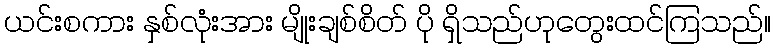
ယင်းစကား နှစ်လုံးအား မျိုးချစ်စိတ် ပို ရှိသည်ဟုတွေးထင်ကြသည်။